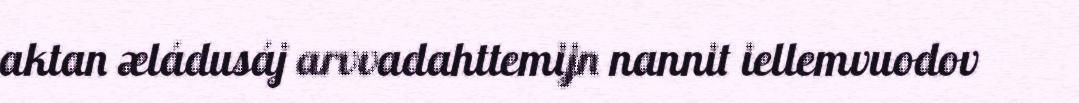
aktan æládusáj arvvadahttemijn nannit iellemvuodov